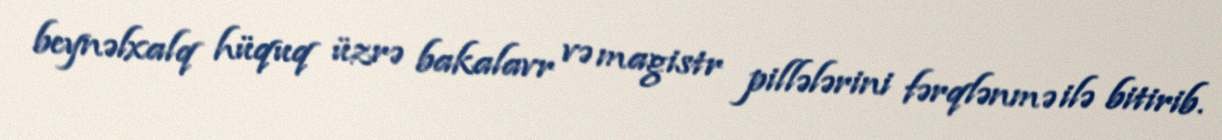
beynəlxalq hüquq üzrə bakalavr və magistr pillələrini fərqlənmə ilə bitirib.